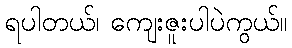
ရပါတယ်၊ ကျေးဇူးပါပဲကွယ်။